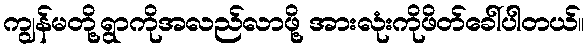
ကျွန်မတို့ရွာကိုအလည်လာဖို့ အားလုံးကိုဖိတ်ခေါ်ပါတယ်။